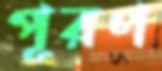
পূরণ